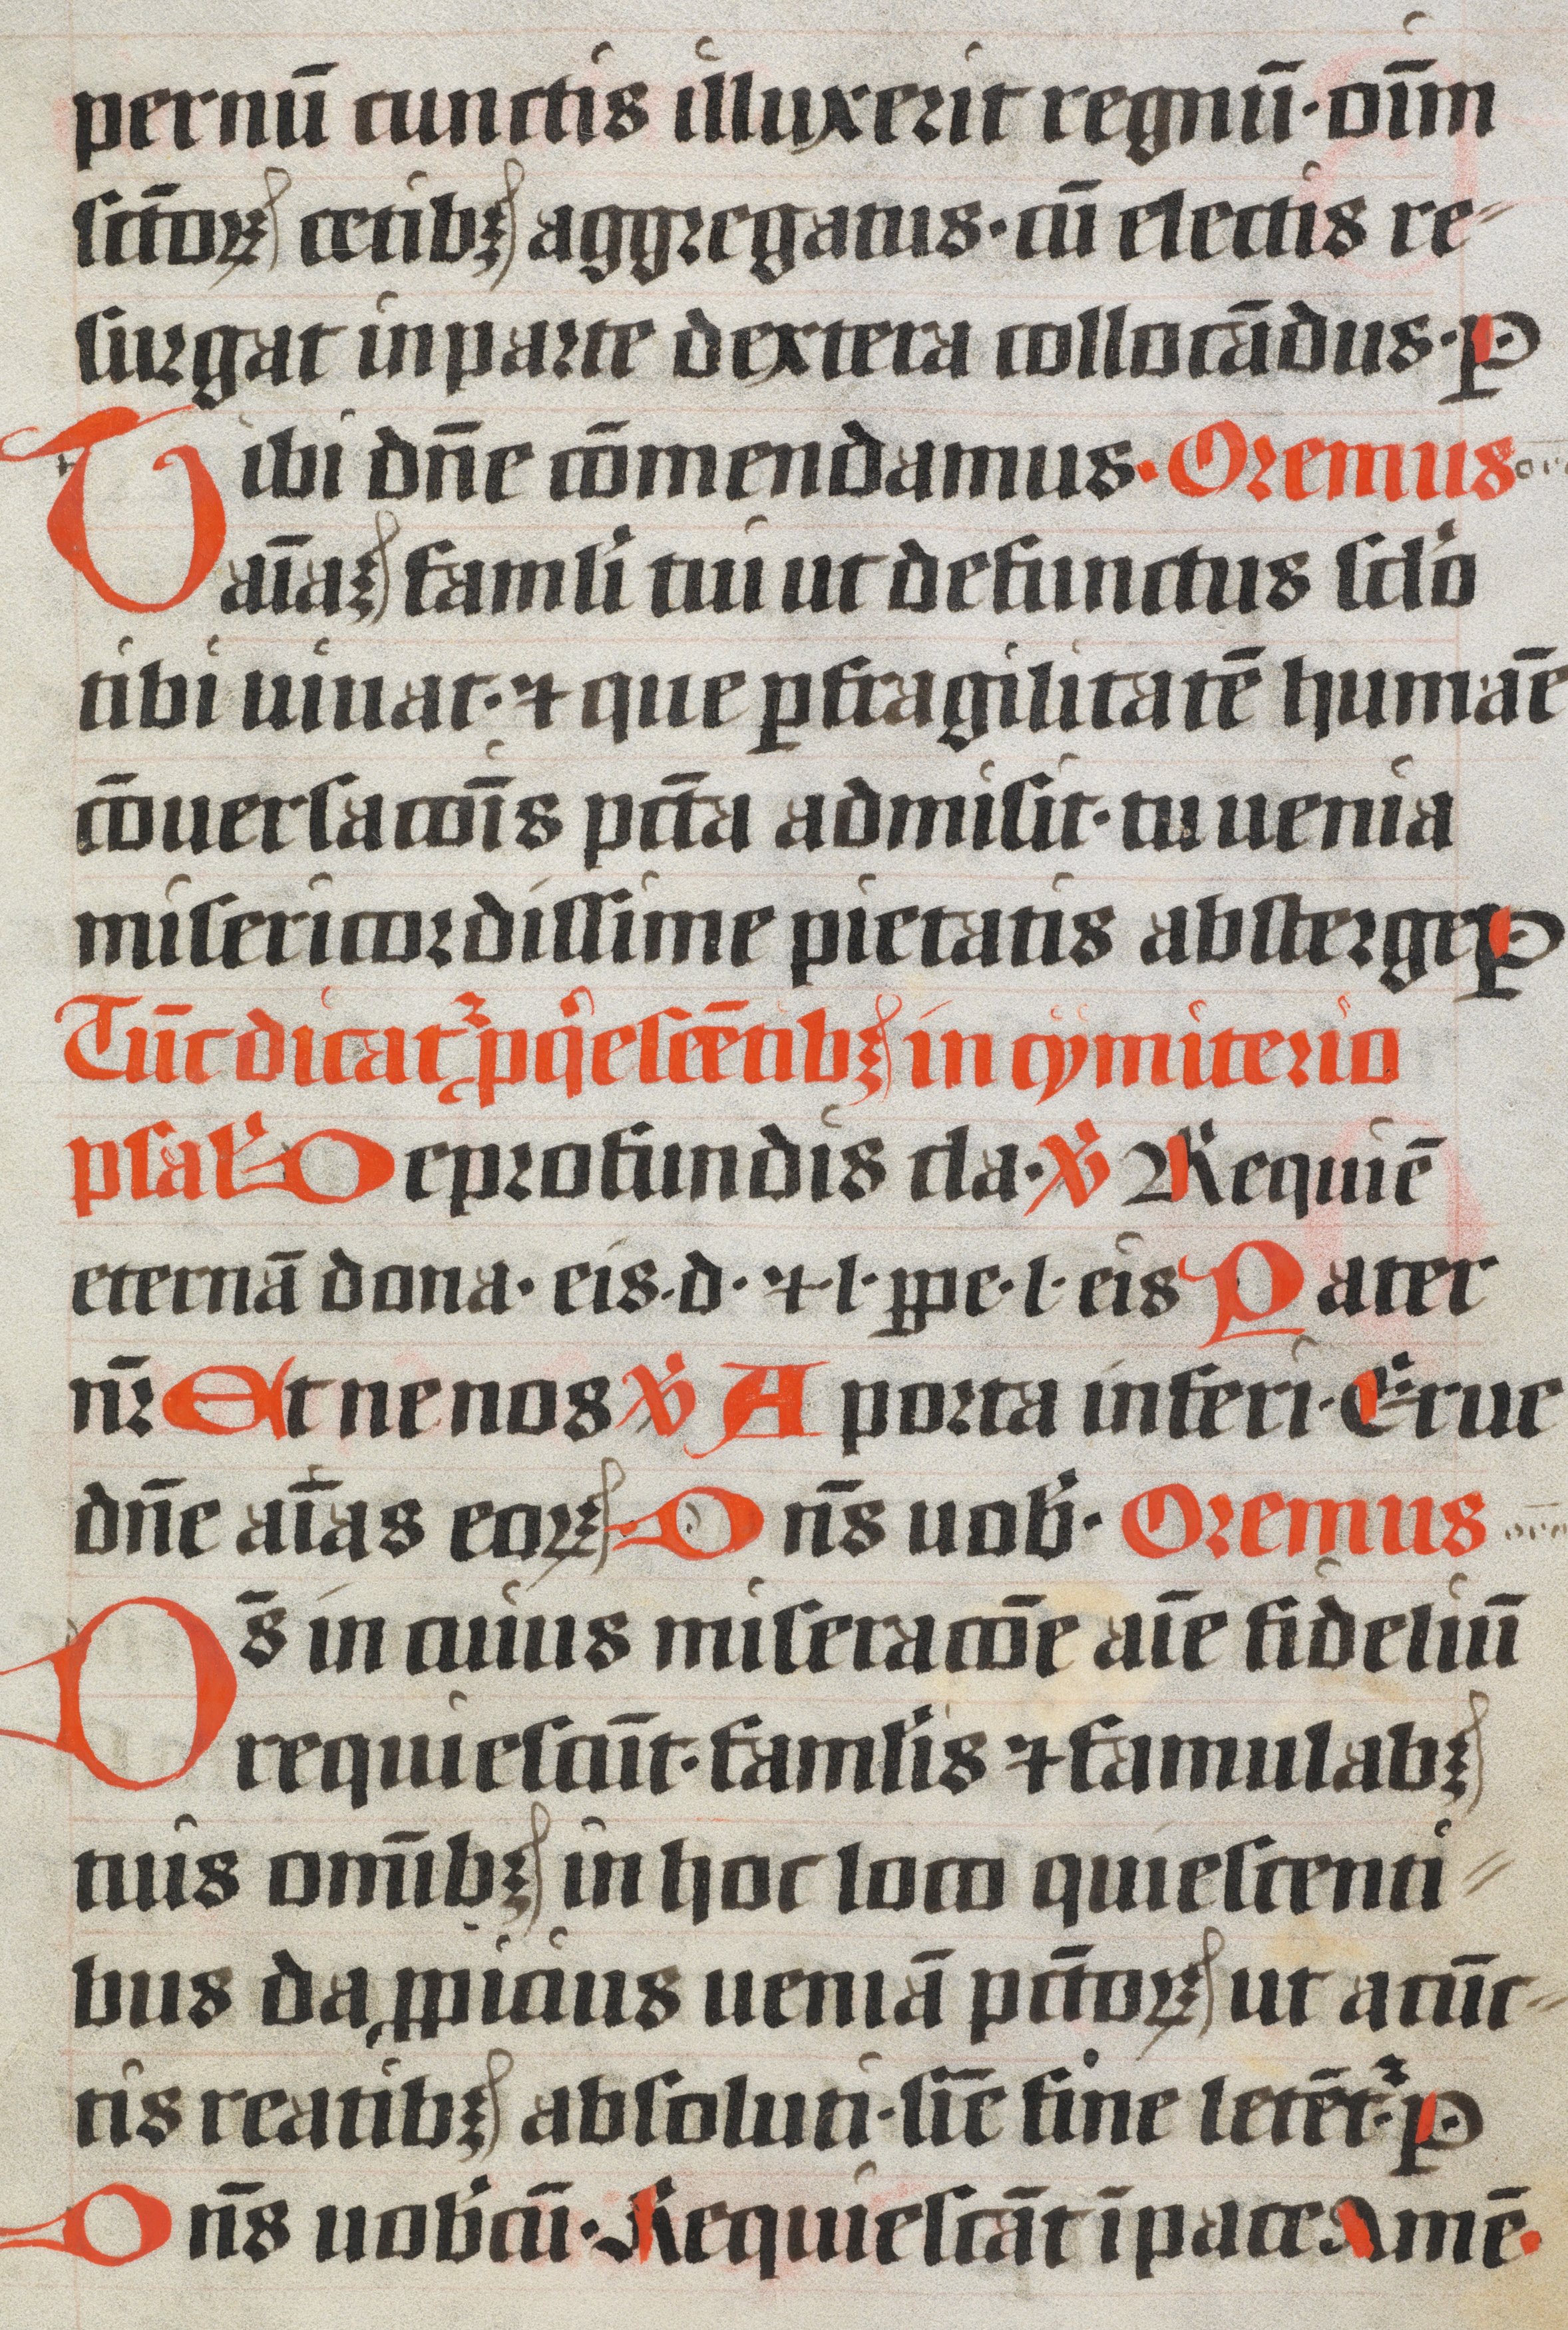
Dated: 1400–1499